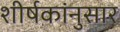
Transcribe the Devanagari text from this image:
शीर्षकांनुसार